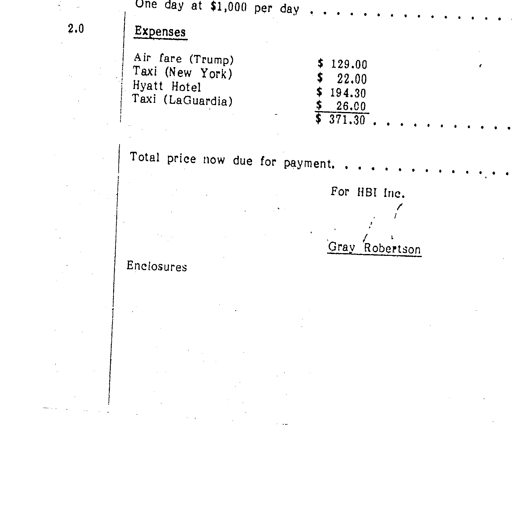
One day at $1,000 per day . . . . . . . . . . . . . . . . . . . . . . . .
2.0
Expenses
Air fare (Trump)	$ 129.00
Taxi (New York)	$ 22.00
Hyatt Hotel	$ 194.30
Taxi (LaGuardia)	$ 26.00
$ 371.30 . . . . . . . . . . . . . . . . . . . . . . . .
Total price now due for payment. . . . . . . . . . . . . . . . . . . . . . . .
For HBI Inc.
/
/
/
/
Gray Robertson
Enclosures